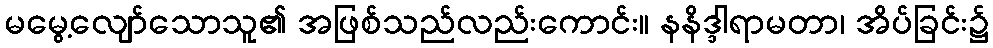
မမွေ့လျော်သောသူ၏ အဖြစ်သည်လည်းကောင်း။ နနိဒ္ဒါရာမတာ၊ အိပ်ခြင်း၌